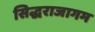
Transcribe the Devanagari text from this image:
सिद्धराजागम